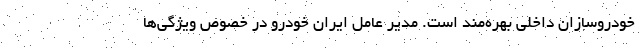
خودروسازان داخلی بهره‌مند است. مدیر عامل ایران خودرو در خصوص ویژگی‌ها